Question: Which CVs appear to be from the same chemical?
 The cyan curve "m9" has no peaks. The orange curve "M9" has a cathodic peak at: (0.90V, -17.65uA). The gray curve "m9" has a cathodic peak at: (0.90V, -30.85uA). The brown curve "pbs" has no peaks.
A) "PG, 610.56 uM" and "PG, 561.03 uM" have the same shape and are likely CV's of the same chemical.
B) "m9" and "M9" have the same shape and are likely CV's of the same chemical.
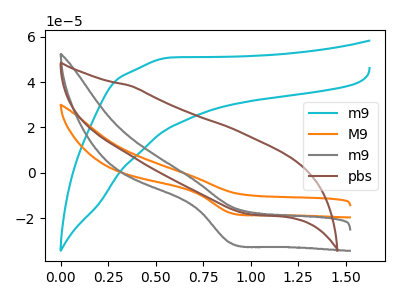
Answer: <think>"m9" and "M9" have a different number of peaks. "m9" and "m9" have a different number of peaks. Neither "m9" or "pbs" have any peaks. All the peaks in "M9" have a peak in "m9" at the same potential. Every peak in "M9" is lower than every peak in "m9". "M9" and "pbs" have a different number of peaks. "m9" and "pbs" have a different number of peaks.
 </think>
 <answer>B) "m9" and "M9" have the same shape and are likely CV's of the same chemical.</answer>
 <eval>B</eval>